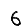
Digit: 6